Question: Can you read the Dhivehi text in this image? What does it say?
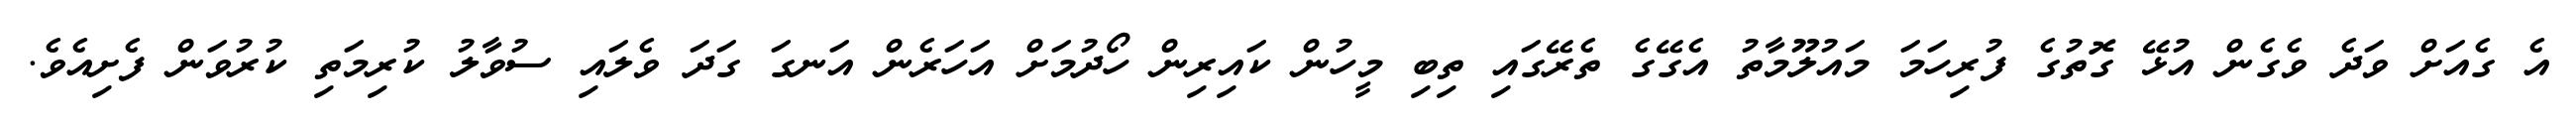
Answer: އެ ގެއަށް ވަދެ ވެގެން އުޅޭ ގޮތުގެ ފުރިހަމަ މައުލޫމާތު އެގޭގެ ތެރޭގައި ތިބި މީހުން ކައިރިން ހޯދުމަށް އަހަރެން އަނގަ ގަދަ ވެލައި ސުވާލު ކުރިމަތި ކުރުވަން ފެށިއެވެ.